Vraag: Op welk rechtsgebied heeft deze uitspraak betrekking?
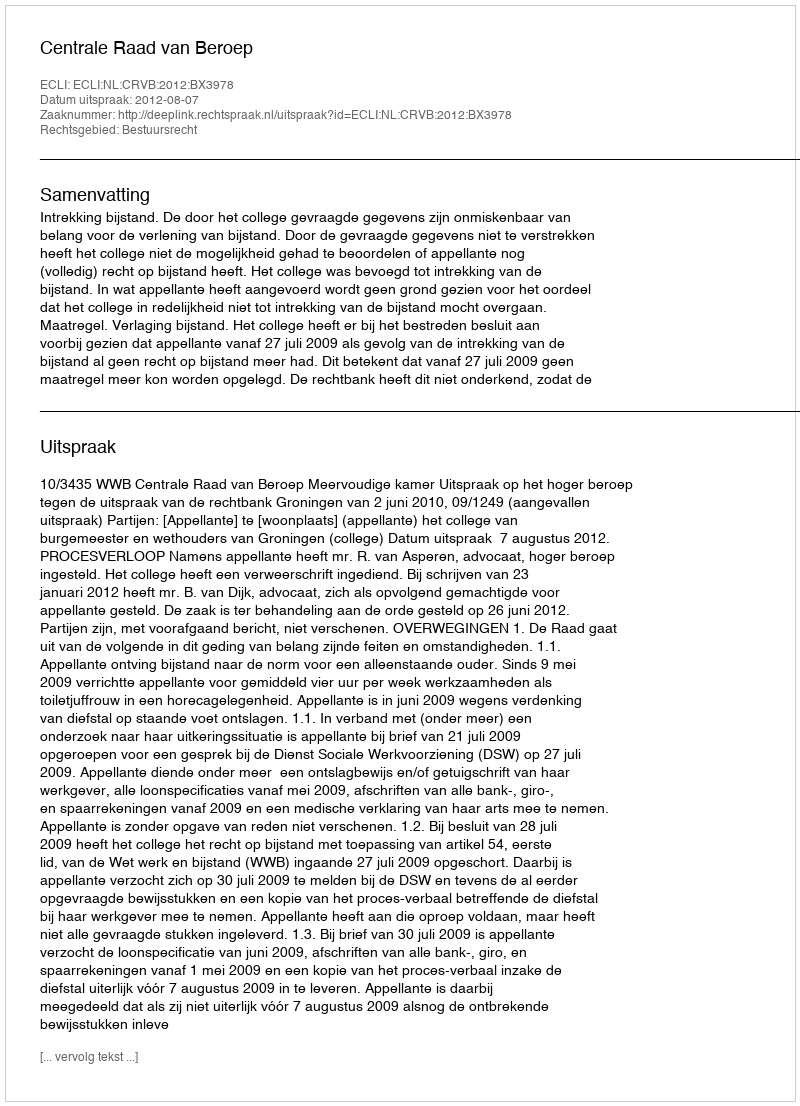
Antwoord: Bestuursrecht